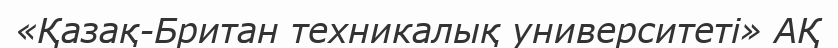
«Қазақ-Британ техникалық университеті» АҚ